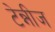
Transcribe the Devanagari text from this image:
टेन्नीज